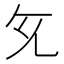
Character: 𭀙